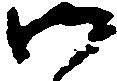
御